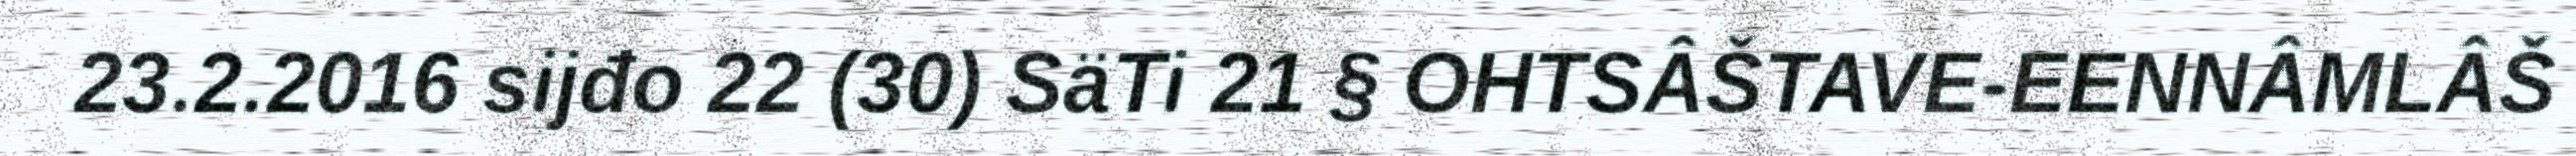
23.2.2016 sijđo 22 (30) SäTi 21 § OHTSÂŠTAVE-EENNÂMLÂŠ